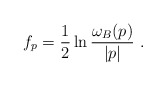
\begin{align*}f_p={1\over 2}\ln {\omega_B (p)\over |p|}~.\end{align*}